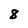
Character: 8